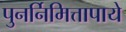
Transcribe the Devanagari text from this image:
पुनर्निमित्तापाये